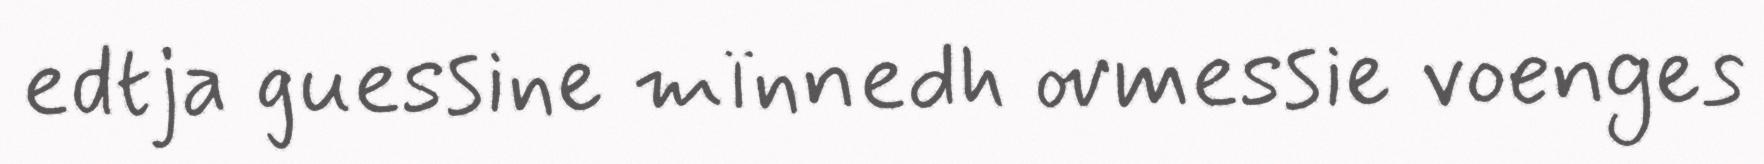
edtja guessine mïnnedh ovmessie voenges